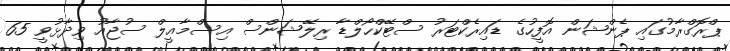
ޕްރޮގްރާމުގައި ޕެންޝަން އޮފީހުގެ ޑައިރެކްޓަރު ސްޓޭކްހޯލްޑާ ރިލޭޝަންސް އިސްމާއީލް ސުޖާއު ވިދާޅުވީ 65